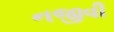
નજીવી